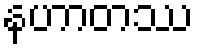
နဟာတဿ